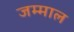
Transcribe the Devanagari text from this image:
जम्माल